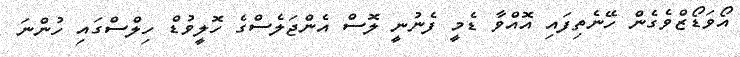
އޯވަޑޯޒްވެގެން ހޭނެތިފައި އޮއްވާ ޑެމީ ފެނުނީ ލޮސް އެންޖަލެސްގެ ހޮލީވުޑް ހިލްސްގައި ހުންނަ